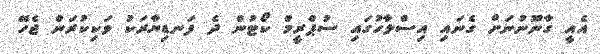
އެއީ ގާނޫނުނަށް ގެނައި އިސްލާހުގައި ސުޕްރީމް ކޯޓުން ދެ ފަނޑިޔާރަކު ވަކިކުރަން ޖެހޭ